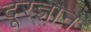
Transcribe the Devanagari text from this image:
दूरज्ञान